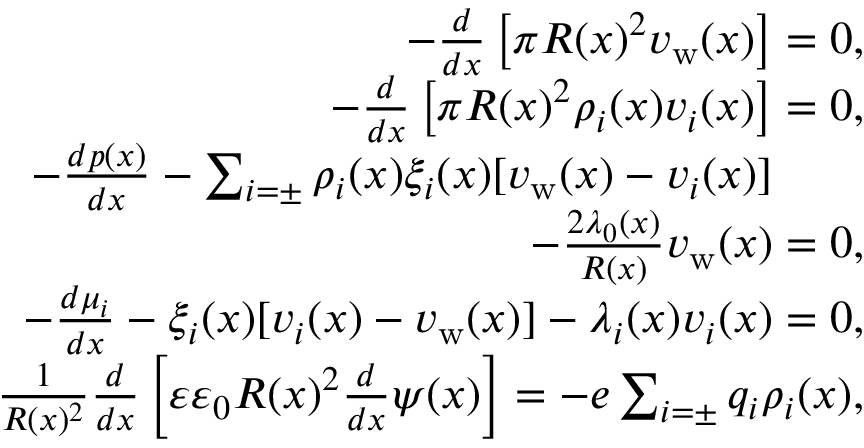
\begin{array} { r l r } { - \frac { d } { d x } \left[ \pi R ( x ) ^ { 2 } v _ { \mathrm { w } } ( x ) \right] = 0 , } & { { } } & { } \\ { - \frac { d } { d x } \left[ \pi R ( x ) ^ { 2 } \rho _ { i } ( x ) v _ { i } ( x ) \right] = 0 , } & { { } } & { } \\ { - \frac { d p ( x ) } { d x } - \sum _ { i = \pm } \rho _ { i } ( x ) \xi _ { i } ( x ) [ v _ { \mathrm { w } } ( x ) - v _ { i } ( x ) ] \qquad } & { { } } & { } \\ { - \frac { 2 \lambda _ { 0 } ( x ) } { R ( x ) } v _ { \mathrm { w } } ( x ) = 0 , } & { { } } & { } \\ { - \frac { d \mu _ { i } } { d x } - \xi _ { i } ( x ) [ v _ { i } ( x ) - v _ { \mathrm { w } } ( x ) ] - \lambda _ { i } ( x ) v _ { i } ( x ) = 0 , } & { { } } & { } \\ { \frac { 1 } { R ( x ) ^ { 2 } } \frac { d } { d x } \left[ \varepsilon \varepsilon _ { 0 } R ( x ) ^ { 2 } \frac { d } { d x } \psi ( x ) \right] = - e \sum _ { i = \pm } q _ { i } \rho _ { i } ( x ) , } & { { } } & { } \end{array}